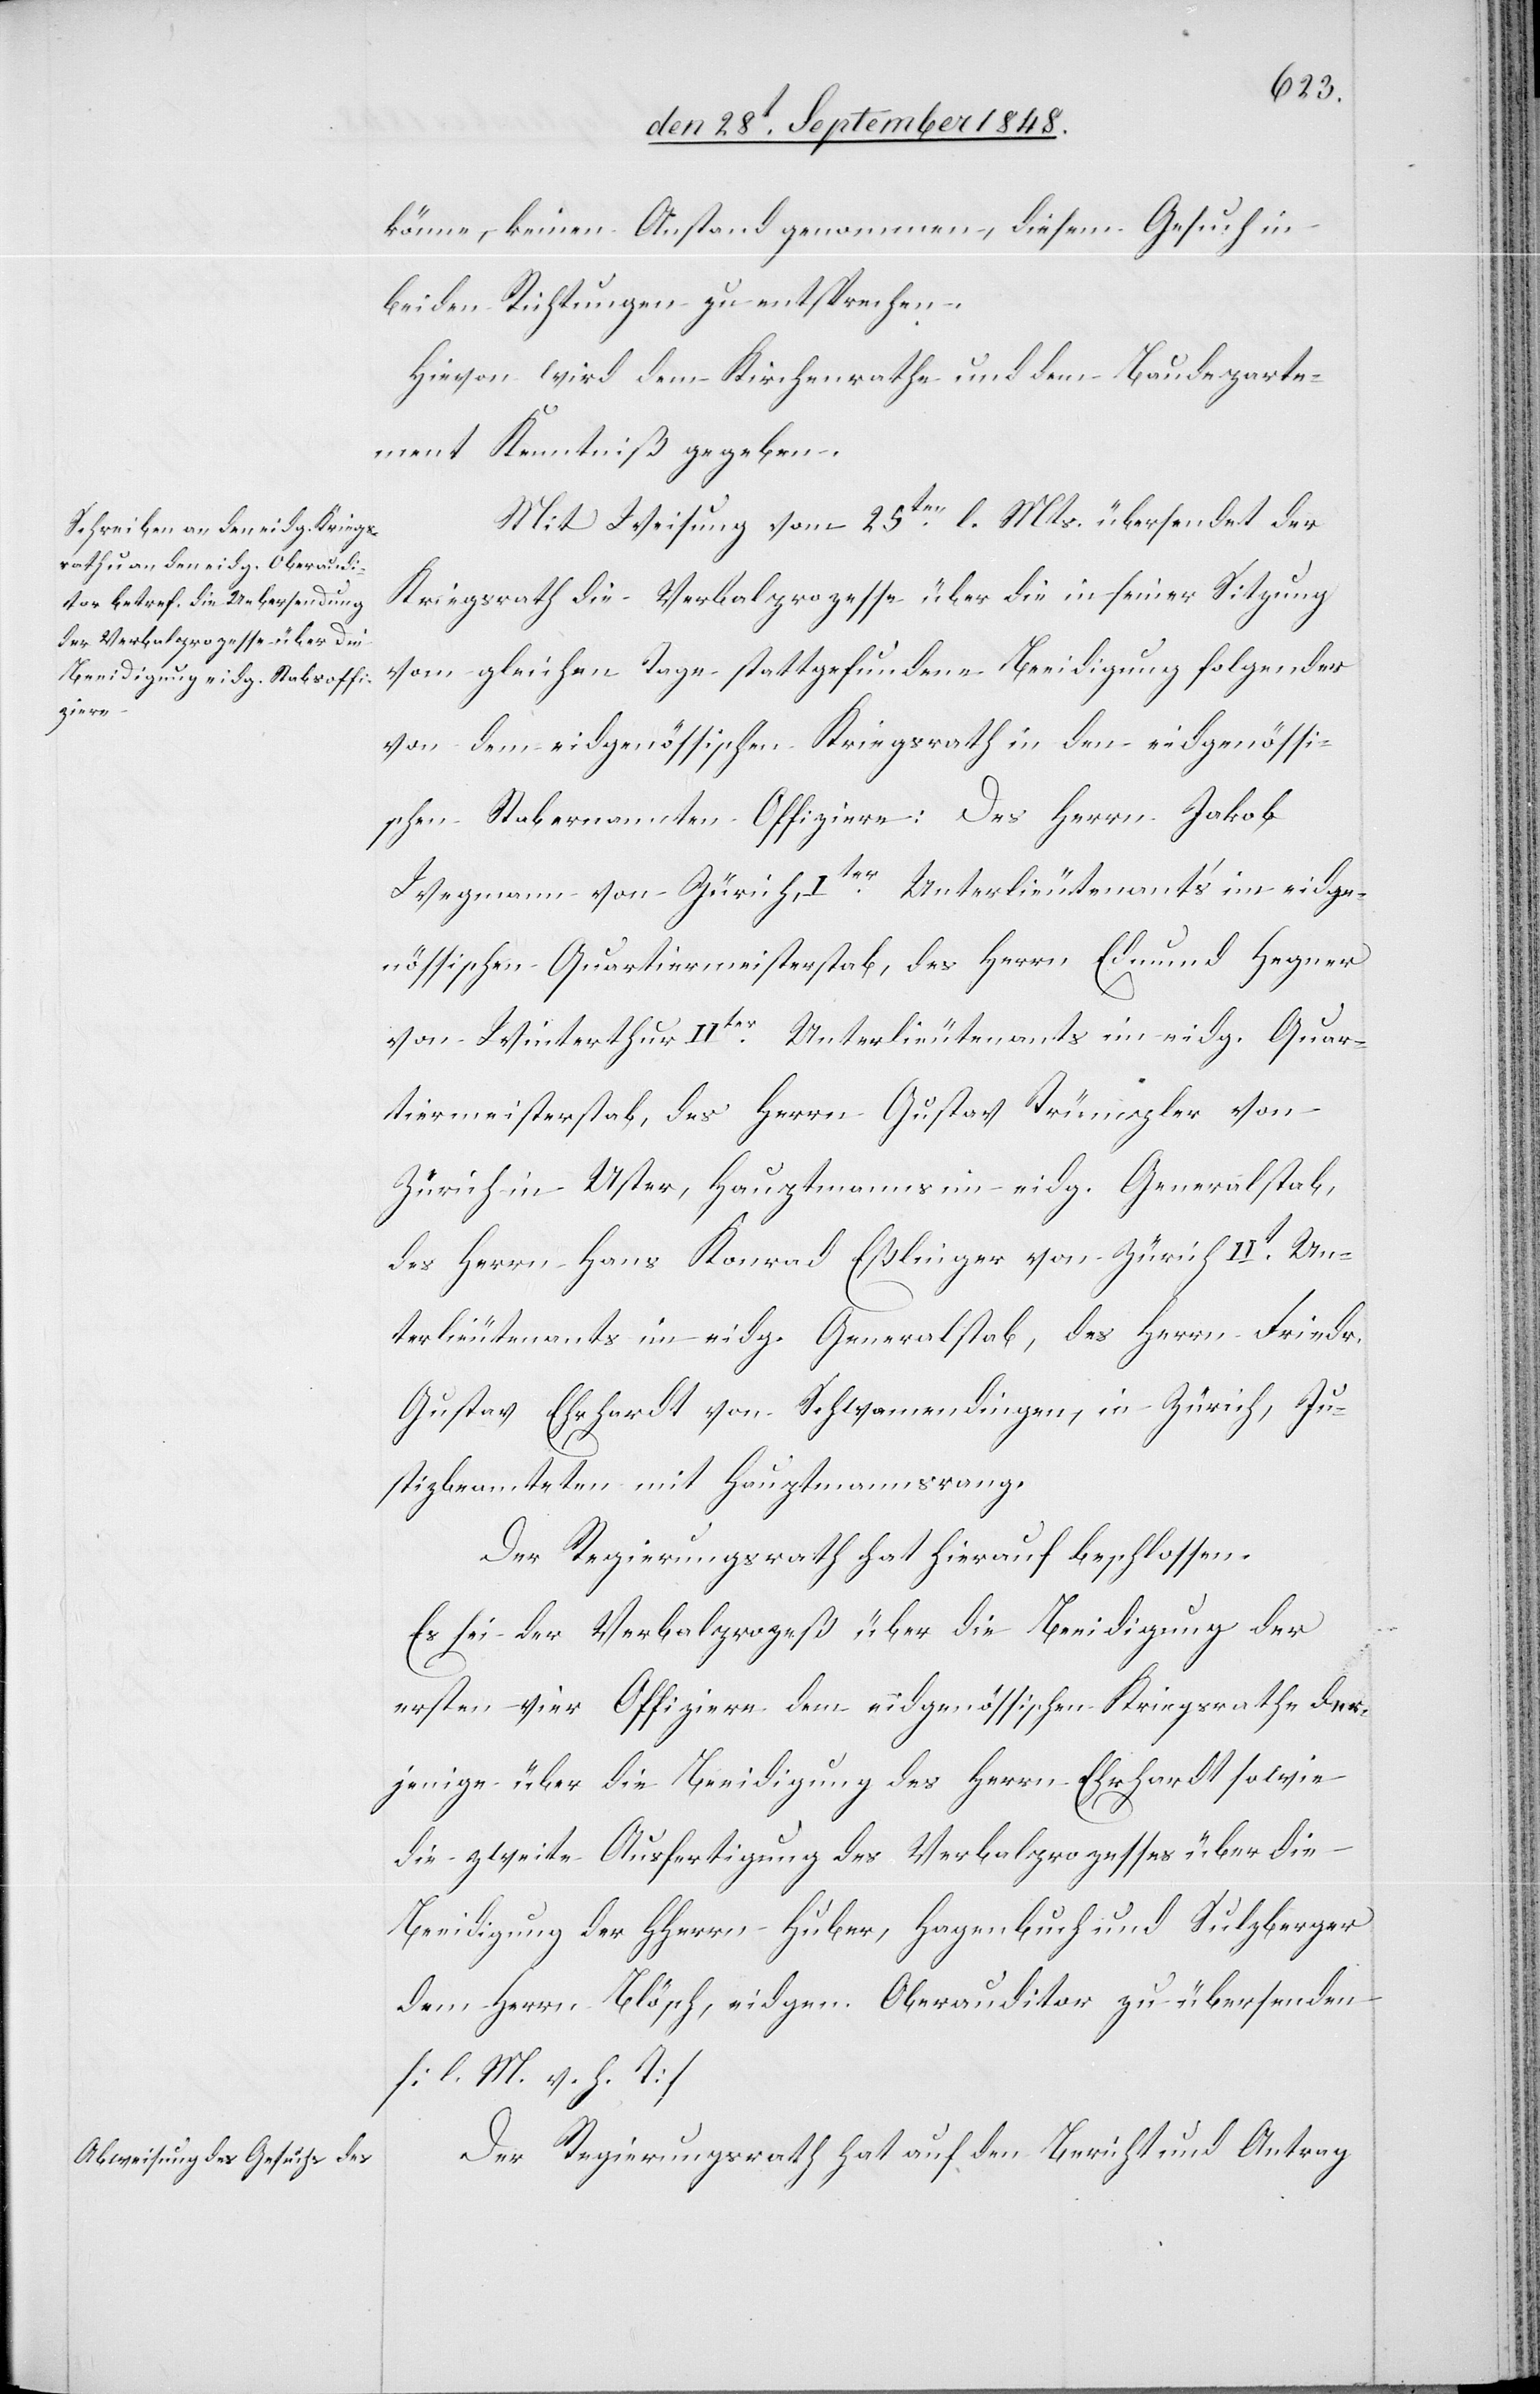
könne, keinen Anstand genommen, diesem Gesuch in
beiden Richtungen zu entsprechen.
Hievon wird dem Kirchenrathe und dem Baudeparte¬
ment Kenntniß gegeben.
Mit Weisung vom 25ten l. Mts. übersendet der
Kriegsrath die Verbalprozesse über die in seiner Sitzung
vom gleichen Tage stattgefundene Beeidigung folgender
von dem eidgenössischen Kriegsrath in den eidgenössi¬
schen Stab ernannten Offiziere: Des Herrn Jakob
Wegmann von Zürich, Iter Unterlieutenant’s im eidge¬
nössischen Quartiermeisterstab, des Herrn Edmund Hegner
von Winterthur IIter Unterlieutenants im eidg. Quar¬
tierstab, des Herrn Gustav Trümpler von
Zürich in Uster, Hauptmanns im eidg. Generalstab,
des Herrn Hans Konrad Eßlinger, von Zürich IIt Un¬
terlieutenants im eidg. Generalstab, des Herrn Friedr.
Gustav Ehrhardt von Schwamendingen, in Zürich Ju¬
stizbeamteten mit Hauptmannsrang.
Der Regierungsrath hat hierauf beschlossen:
Es sei der Verbalprozeß über die Beeidigung der
ersten vier Offiziere dem eidgenössischen Kriegsrathe der¬
jenige über die die Beeidigung des Herrn Ehrhardt sowie
die zweite Ausfertigung des Verbalprozesses über die
Beeidigung des HHerrn Huber, Hagenbuch und Sulzberger
dem Herrn Blösch, eidgen. Oberauditor zu übersenden
[l. M. v. h. T]
Der Regierungsrath hat auf den Bericht und Antrag